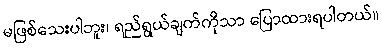
မဖြစ်သေးပါဘူး၊ ရည်ရွယ်ချက်ကိုသာ ပြောထားရပါတယ်။